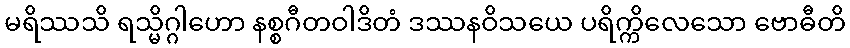
မရိဿသိ ရသ္မိဂ္ဂါဟော နစ္စဂီတဝါဒိတံ ဒဿနဝိသယေ ပရိက္ကိလေသော ဗောဓီတိ